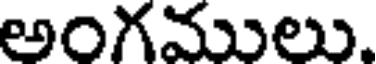
అంగములు.